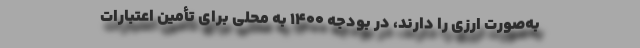
به‌صورت ارزی را دارند، در بودجه 1400 به محلی برای تأمین اعتبارات